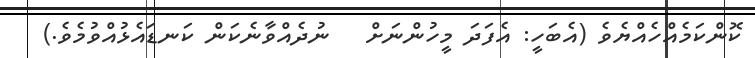
ކޮންކަމެއްހެއްޔެވެ (އެބަހީ: އެފަދަ މީހުންނަށް   ނުދެއްވާނެކަން ކަނޑައެޅުއްވުމެވެ.)